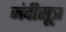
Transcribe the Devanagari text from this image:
नंदीसूत्र